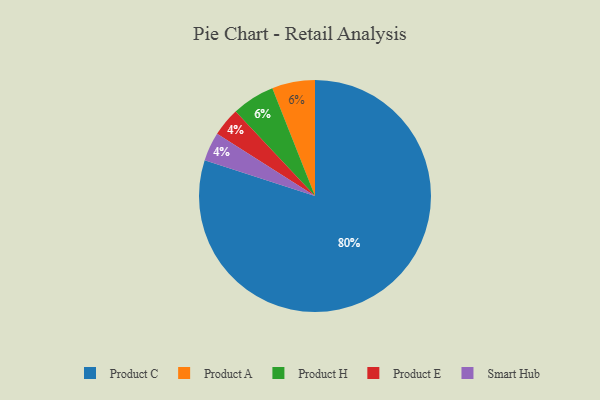
{"axis": {"x": "Category", "y": "Percentage"}, "legend": ["Product A", "Product C", "Product E", "Product H", "Smart Hub"], "data": [{"x": "Product A", "y": 6, "type": "Product A"}, {"x": "Product H", "y": 6, "type": "Product H"}, {"x": "Product C", "y": 80, "type": "Product C"}, {"x": "Product E", "y": 4, "type": "Product E"}, {"x": "Smart Hub", "y": 4, "type": "Smart Hub"}]}